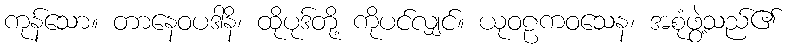
ကုန်သော။ တာနေဝပဒါနိ၊ ထိုပုဒ်တို့ ကိုပင်လျှင်။ ယုဝဠကဝသေန၊ အစုံဖွဲ့သည်၏